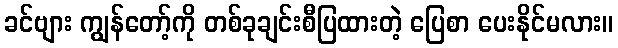
ခင်ဗျား ကျွန်တော့်ကို တစ်ခုချင်းစီပြထားတဲ့ ပြေစာ ပေးနိုင်မလား။